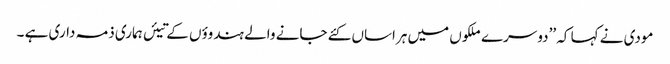
مودی نے کہا کہ ’’دوسرے ملکوں میں ہراساں کئے جانے والے ہندوؤں کے تیئں ہماری ذمہ داری ہے ۔